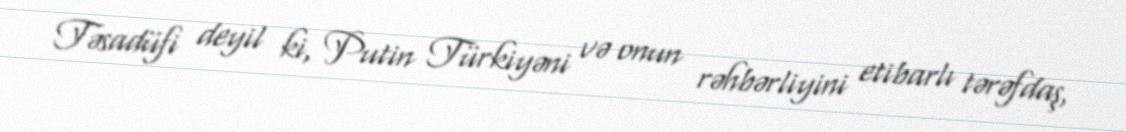
Təsadüfi deyil ki, Putin Türkiyəni və onun rəhbərliyini etibarlı tərəfdaş,